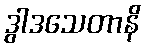
ဒွါဒသေတာနိ